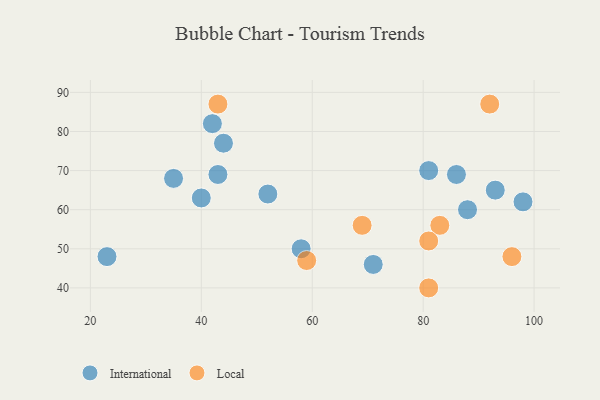
{"axis": {"x": "GDP", "y": "Life Expectancy"}, "legend": ["International", "Local"], "data": [{"x": "58", "y": 50, "type": "International"}, {"x": "40", "y": 63, "type": "International"}, {"x": "86", "y": 69, "type": "International"}, {"x": "52", "y": 64, "type": "International"}, {"x": "23", "y": 48, "type": "International"}, {"x": "35", "y": 68, "type": "International"}, {"x": "81", "y": 70, "type": "International"}, {"x": "98", "y": 62, "type": "International"}, {"x": "44", "y": 77, "type": "International"}, {"x": "93", "y": 65, "type": "International"}, {"x": "42", "y": 82, "type": "International"}, {"x": "88", "y": 60, "type": "International"}, {"x": "43", "y": 69, "type": "International"}, {"x": "71", "y": 46, "type": "International"}, {"x": "92", "y": 87, "type": "Local"}, {"x": "59", "y": 47, "type": "Local"}, {"x": "96", "y": 48, "type": "Local"}, {"x": "81", "y": 40, "type": "Local"}, {"x": "69", "y": 56, "type": "Local"}, {"x": "43", "y": 87, "type": "Local"}, {"x": "83", "y": 56, "type": "Local"}, {"x": "81", "y": 52, "type": "Local"}]}